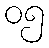
၀၅